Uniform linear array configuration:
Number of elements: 32
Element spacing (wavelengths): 1
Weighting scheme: hann
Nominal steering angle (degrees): -60
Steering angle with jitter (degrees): -58.805
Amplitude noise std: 0.05
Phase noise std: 0.05

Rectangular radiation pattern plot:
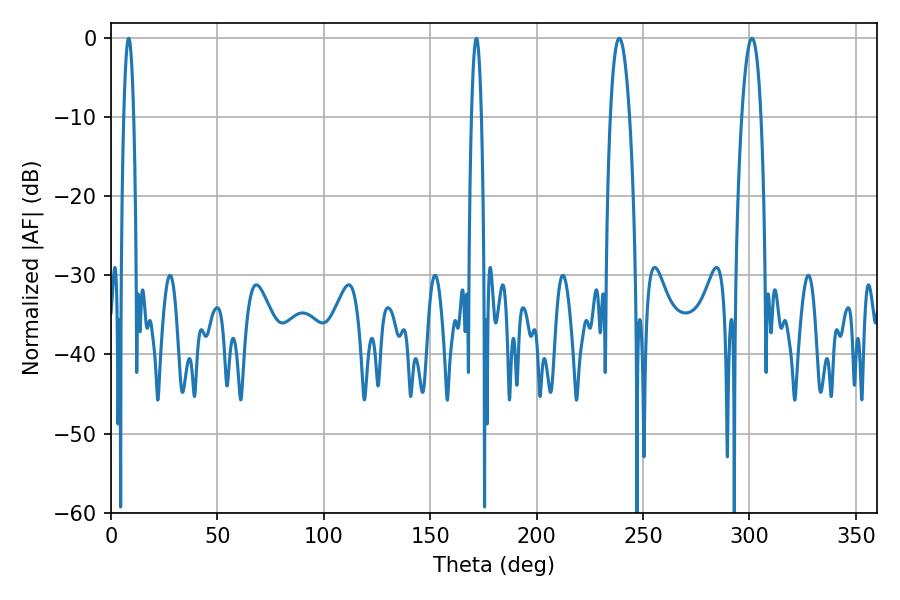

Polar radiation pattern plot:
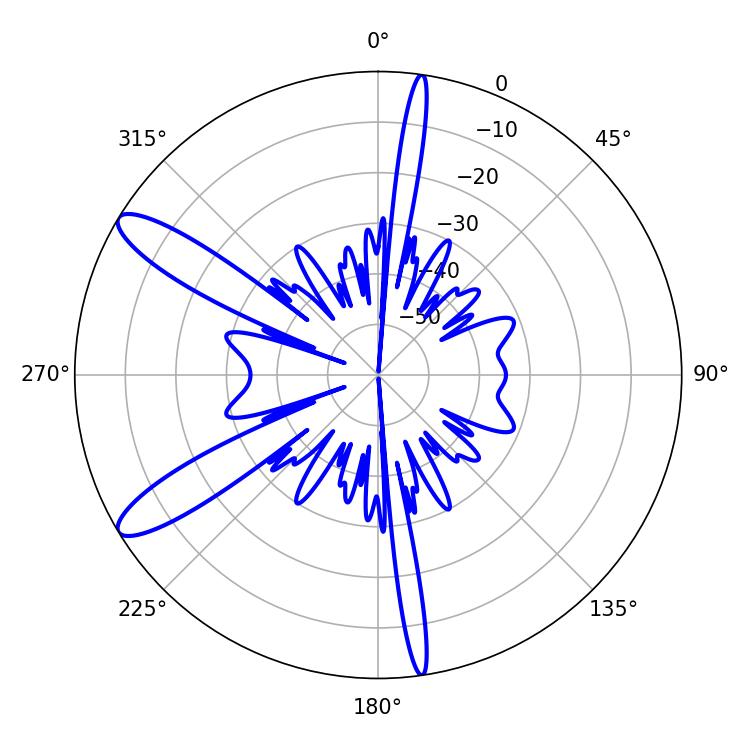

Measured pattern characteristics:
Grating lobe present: TRUE
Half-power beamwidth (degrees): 4.86
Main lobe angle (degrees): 238.86